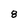
Character: 8